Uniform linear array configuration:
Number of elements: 12
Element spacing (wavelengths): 0.5
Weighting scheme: uniform
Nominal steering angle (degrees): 45
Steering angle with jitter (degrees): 46.26
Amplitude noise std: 0.05
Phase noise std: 0.05

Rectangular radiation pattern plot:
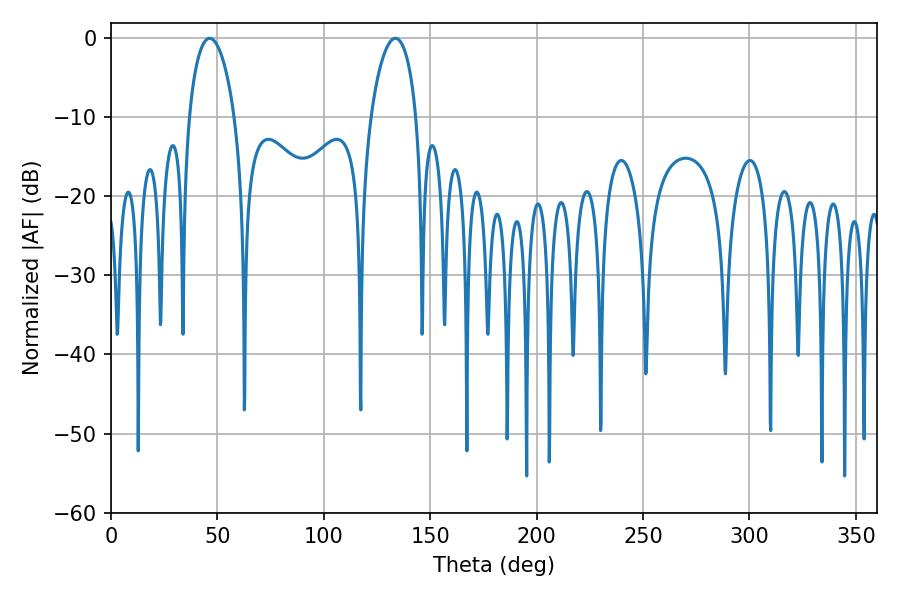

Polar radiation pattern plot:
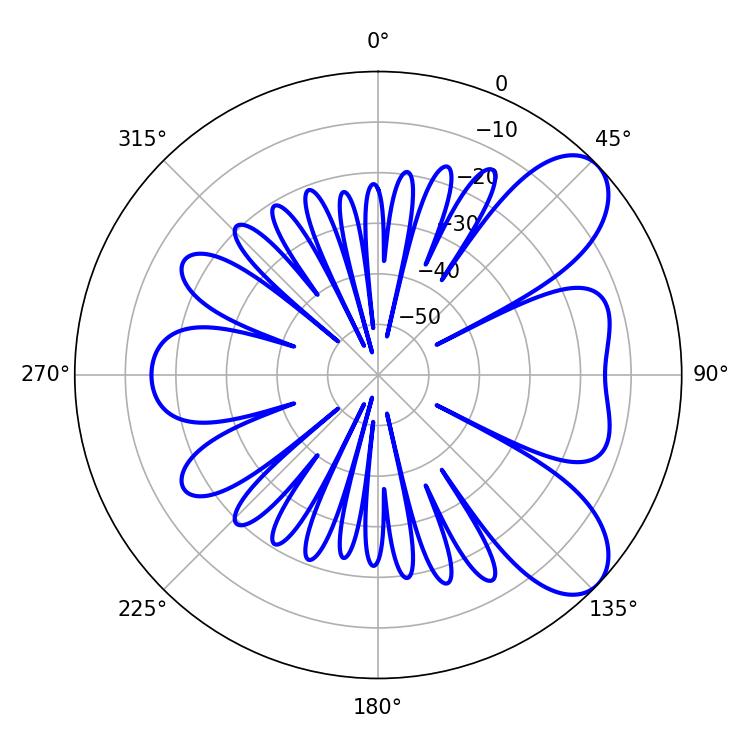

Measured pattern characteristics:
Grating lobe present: FALSE
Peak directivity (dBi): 7.718
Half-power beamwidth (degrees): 12.06
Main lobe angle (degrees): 46.44